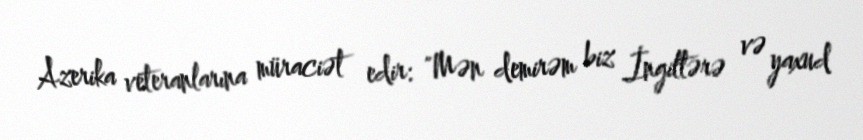
Azerika veteranlarına müraciət edir: "Mən demirəm biz İngiltərə və yaxud